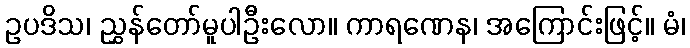
ဥပဒိသ၊ ညွှန်တော်မူပါဦးလော။ ကာရဏေန၊ အကြောင်းဖြင့်။ မံ၊